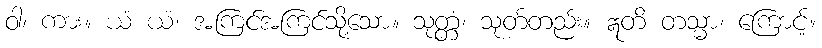
ဝါ၊ ကား။ ယံ ယံ၊ အကြင်အကြင်သို့သော။ သုတ္တံ၊ သုတ်တည်း။ ဣတိ တသ္မာ၊ ကြောင့်။